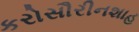
કરોસૌરીનશાહ